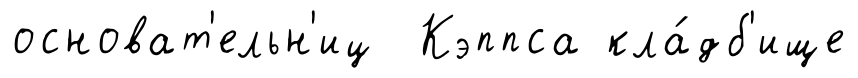
основат'ельн'иц Кэппса кла́дб'ище